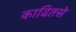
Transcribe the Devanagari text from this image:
काढितसे